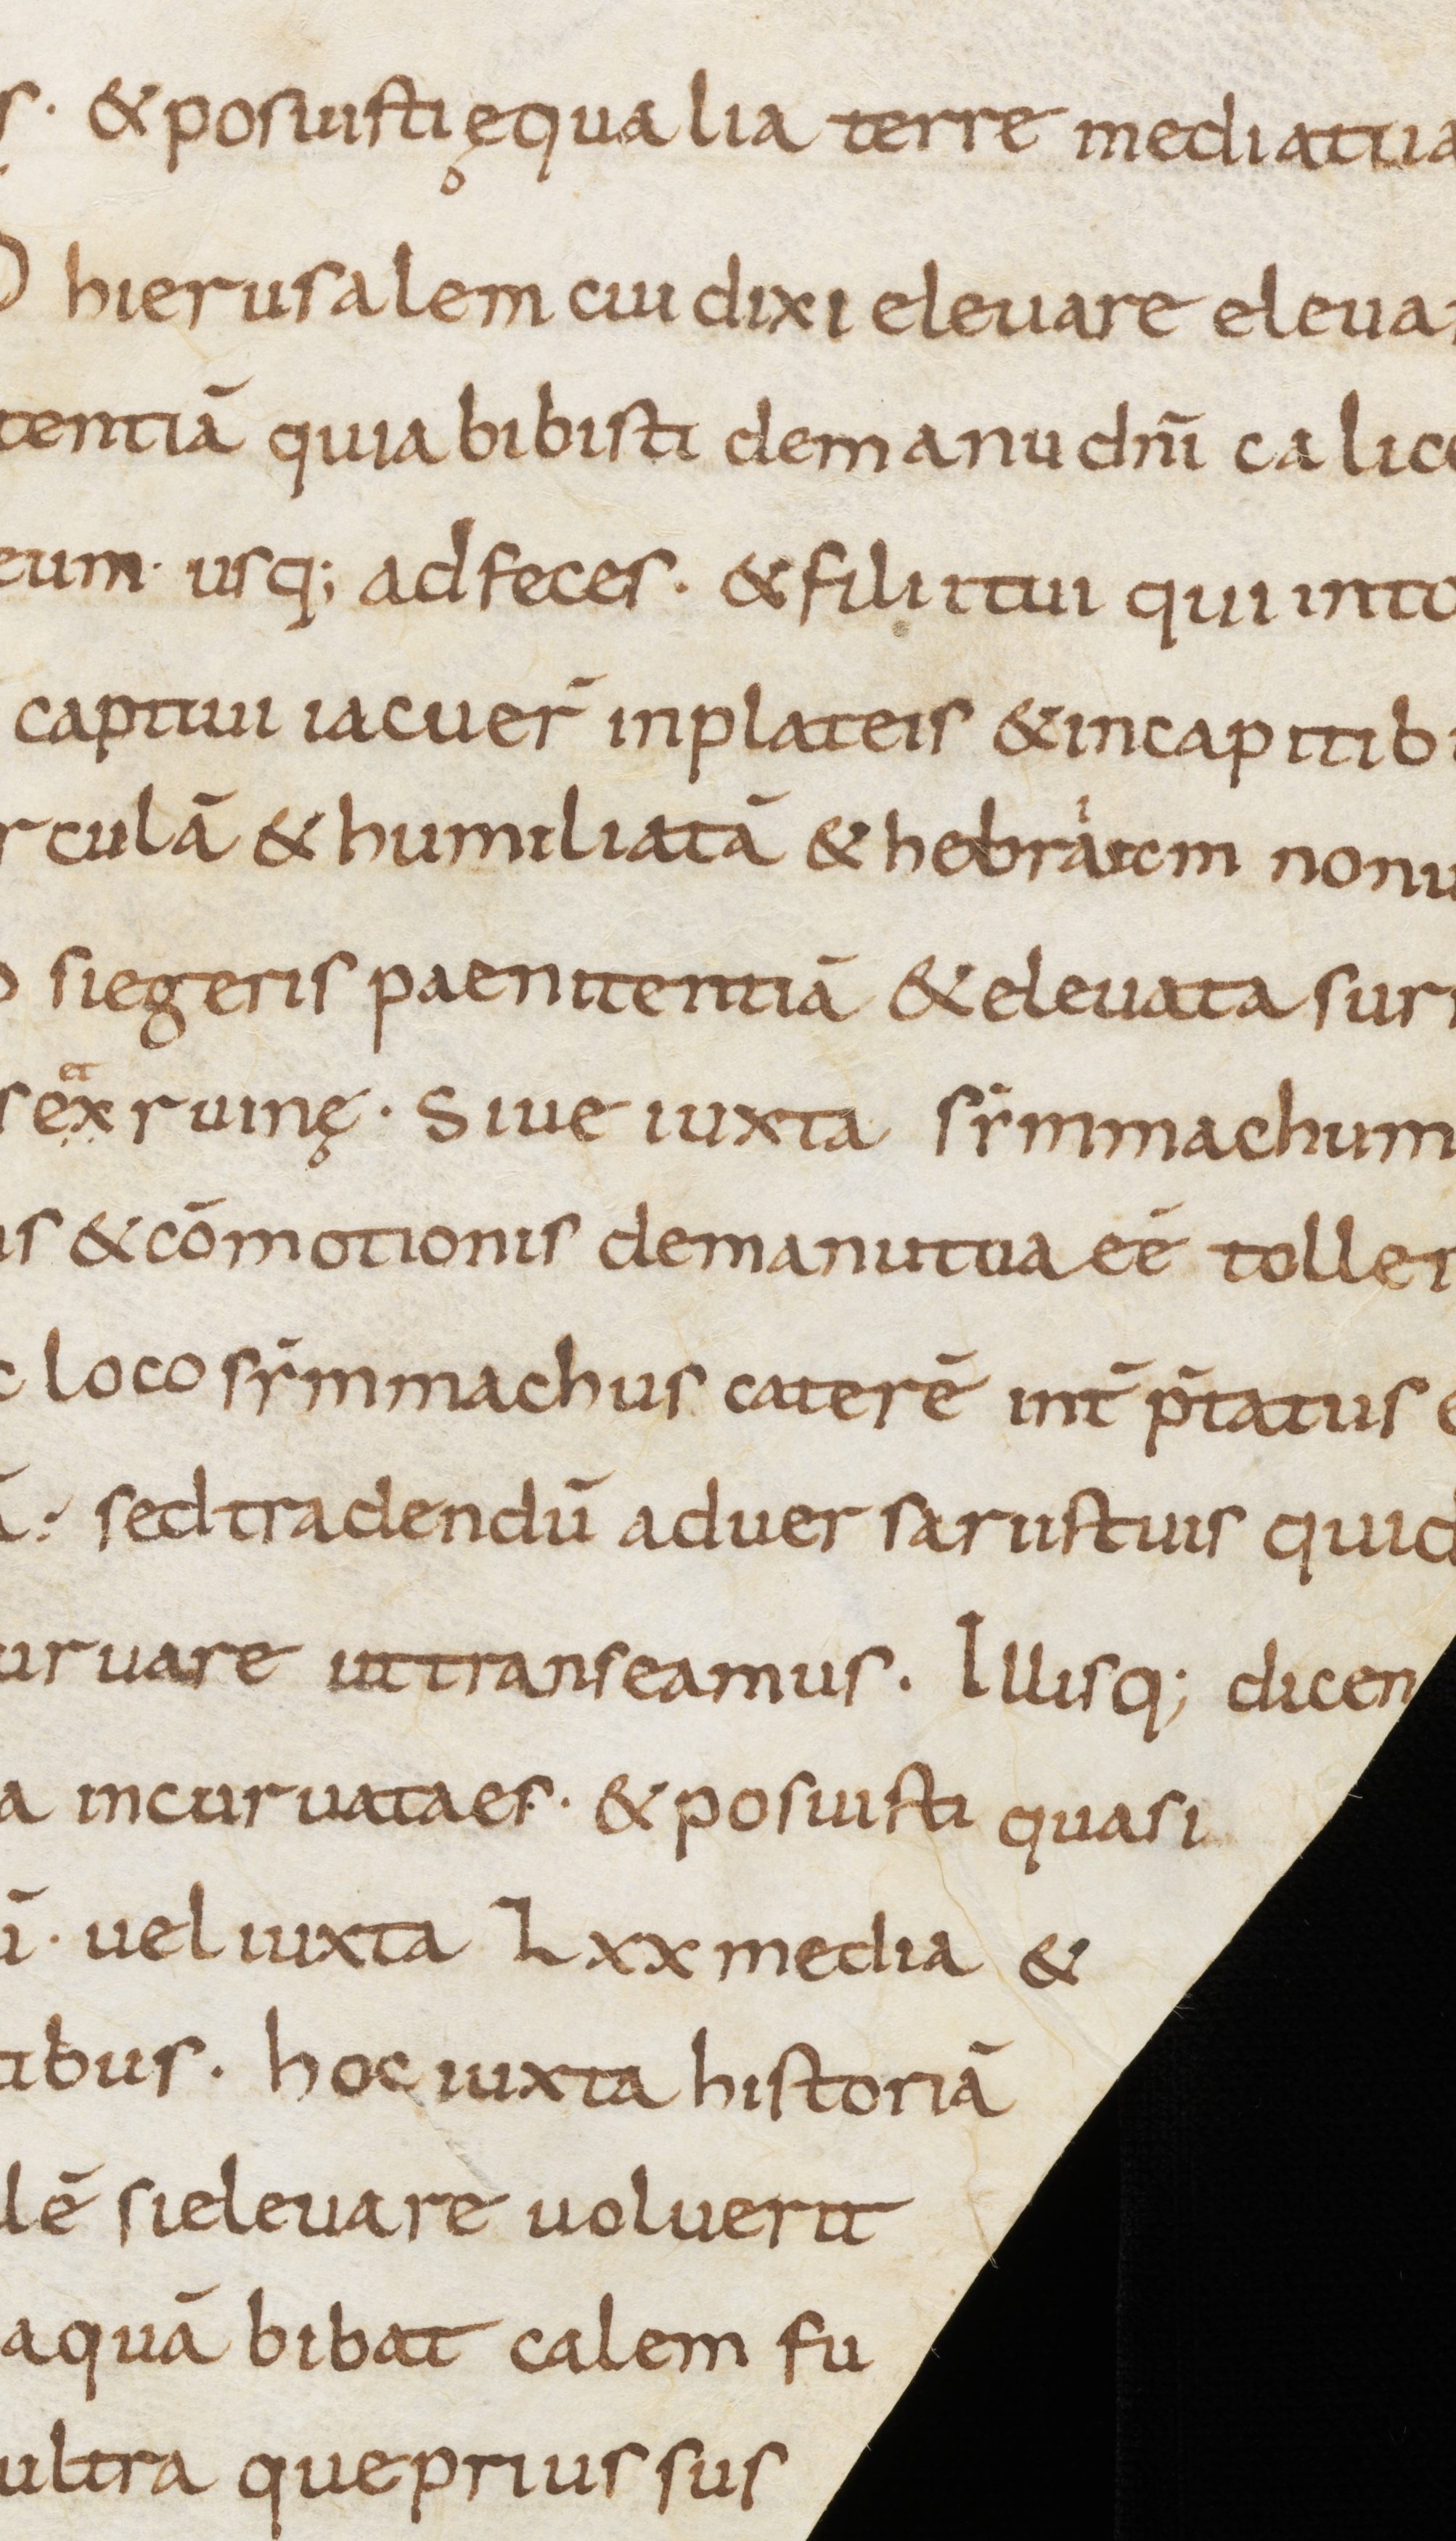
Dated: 800–899